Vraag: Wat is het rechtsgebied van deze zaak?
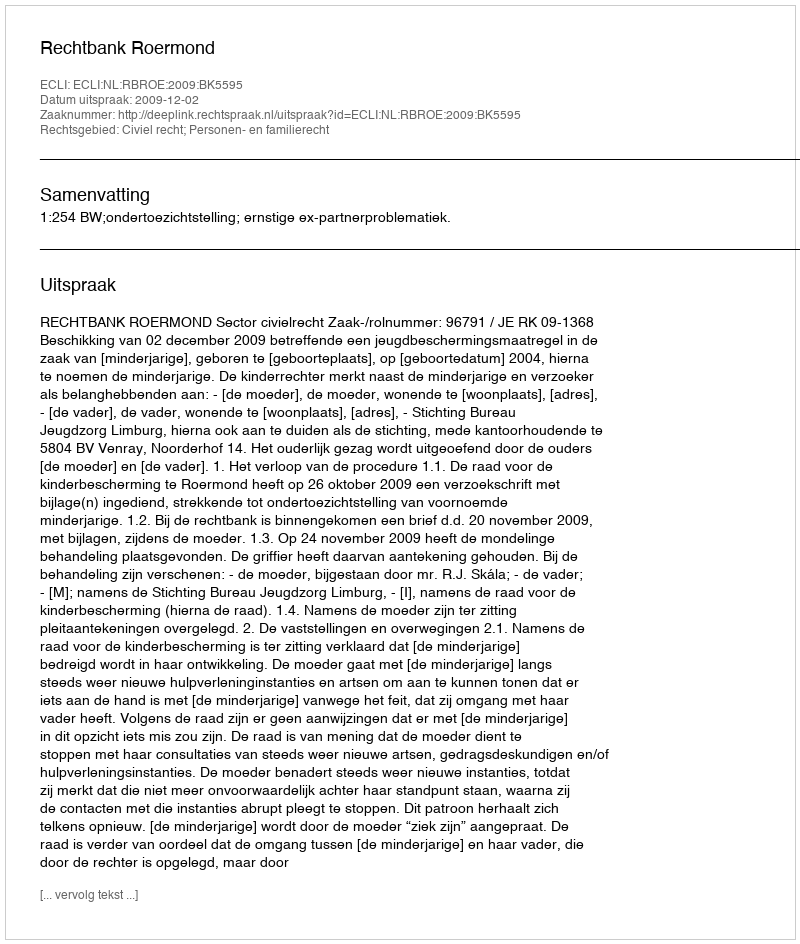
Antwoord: Civiel recht; Personen- en familierecht